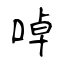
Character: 啅